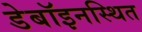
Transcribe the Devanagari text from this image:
डेबॉइनस्थित